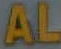
AL